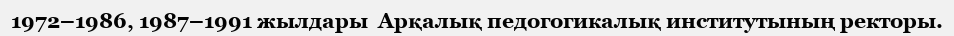
1972–1986, 1987–1991 жылдары  Арқалық педогогикалық институтының ректоры.